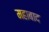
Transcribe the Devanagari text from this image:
महाबाद